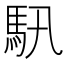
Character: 𩡰